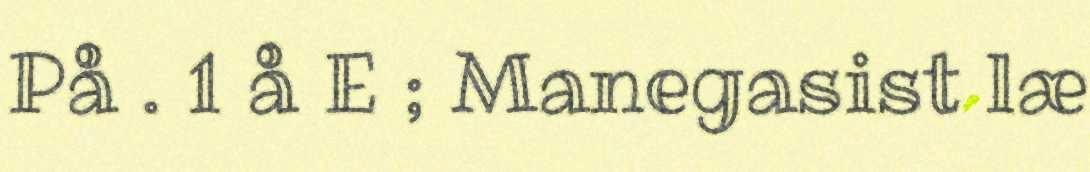
På . 1 å E ; Manegasist læ